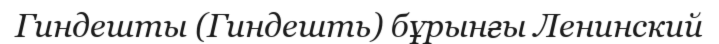
Гиндешты (Гиндешть) бұрынғы Ленинский